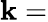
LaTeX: \mathbf{k}=